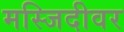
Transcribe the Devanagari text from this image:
मस्जिदीवर